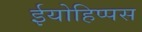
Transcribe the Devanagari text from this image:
ईयोहिप्पस